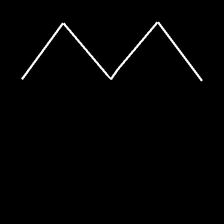
Glyph: crush